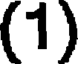
(1)